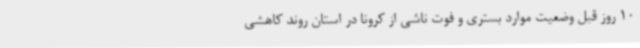
10 روز قبل وضعیت موارد بستری و فوت ناشی از کرونا در استان روند کاهشی